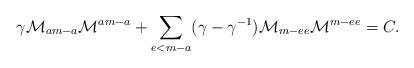
LaTeX: \begin{align*}\gamma\mathcal{M}_{am-a}\mathcal{M}^{am-a}+\sum_{e<m-a}(\gamma-\gamma^{-1})\mathcal{M}_{m-ee}\mathcal{M}^{m-ee}=C.\end{align*}